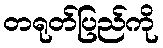
တရုတ်ပြည်ကို